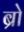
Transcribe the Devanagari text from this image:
ब्रो